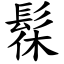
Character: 髹